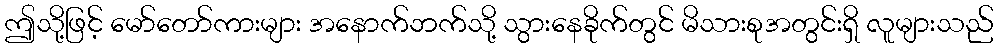
ဤသို့ဖြင့် မော်တော်ကားများ အနောက်ဘက်သို့ သွားနေခိုက်တွင် မိသားစုအတွင်းရှိ လူများသည်